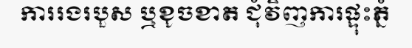
ការរងរបួស ឬខូចខាត ជុំវិញការផ្ទុះភ្នំ